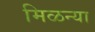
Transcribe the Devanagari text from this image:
मिळन्या